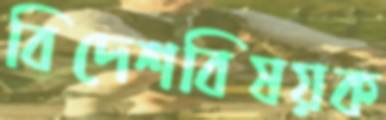
বিদেশবিষয়ক